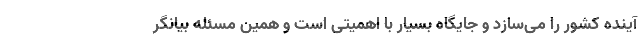
آینده کشور را می‌سازد و جایگاه بسیار با اهمیتی است و همین مسئله بیانگر